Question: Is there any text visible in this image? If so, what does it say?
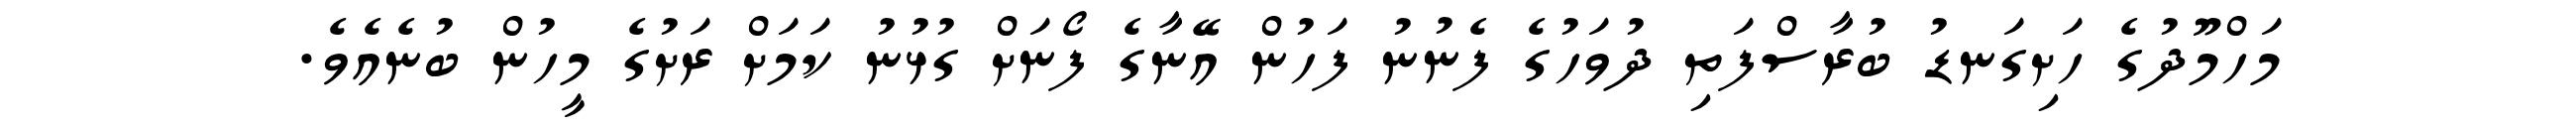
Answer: މަހްމޫދުގެ ހަށިގަނޑު ބުރާސްފަތި ދުވަހުގެ ފެނުނު ފަހުން އޭނާގެ ފޯނަށް ގުޅުނު ކަމަށް ރަށުގެ މީހުން ބުނެއެވެ.